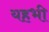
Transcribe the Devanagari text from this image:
यहभी